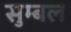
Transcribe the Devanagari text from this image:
सुम्बल